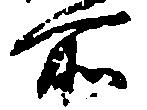
所